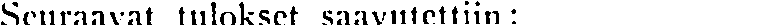
Seuraavat tulokset saavutettiin: